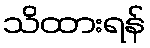
သိထားရန်